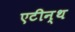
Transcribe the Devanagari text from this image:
एटीन्थ